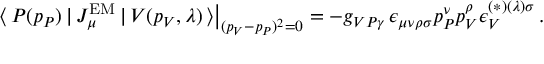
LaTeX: \left. \langle \, P ( p _ { P } ) \, | \, J _ { \mu } ^ { \mathrm { E M } } \, | \, V ( p _ { V } , \lambda ) \, \rangle \right| _ { ( p _ { V } - p _ { P } ) ^ { 2 } = 0 } = - g _ { V P \gamma } \, \epsilon _ { \mu \nu \rho \sigma } p _ { P } ^ { \nu } p _ { V } ^ { \rho } \epsilon _ { V } ^ { ( * ) ( \lambda ) \sigma } \, .